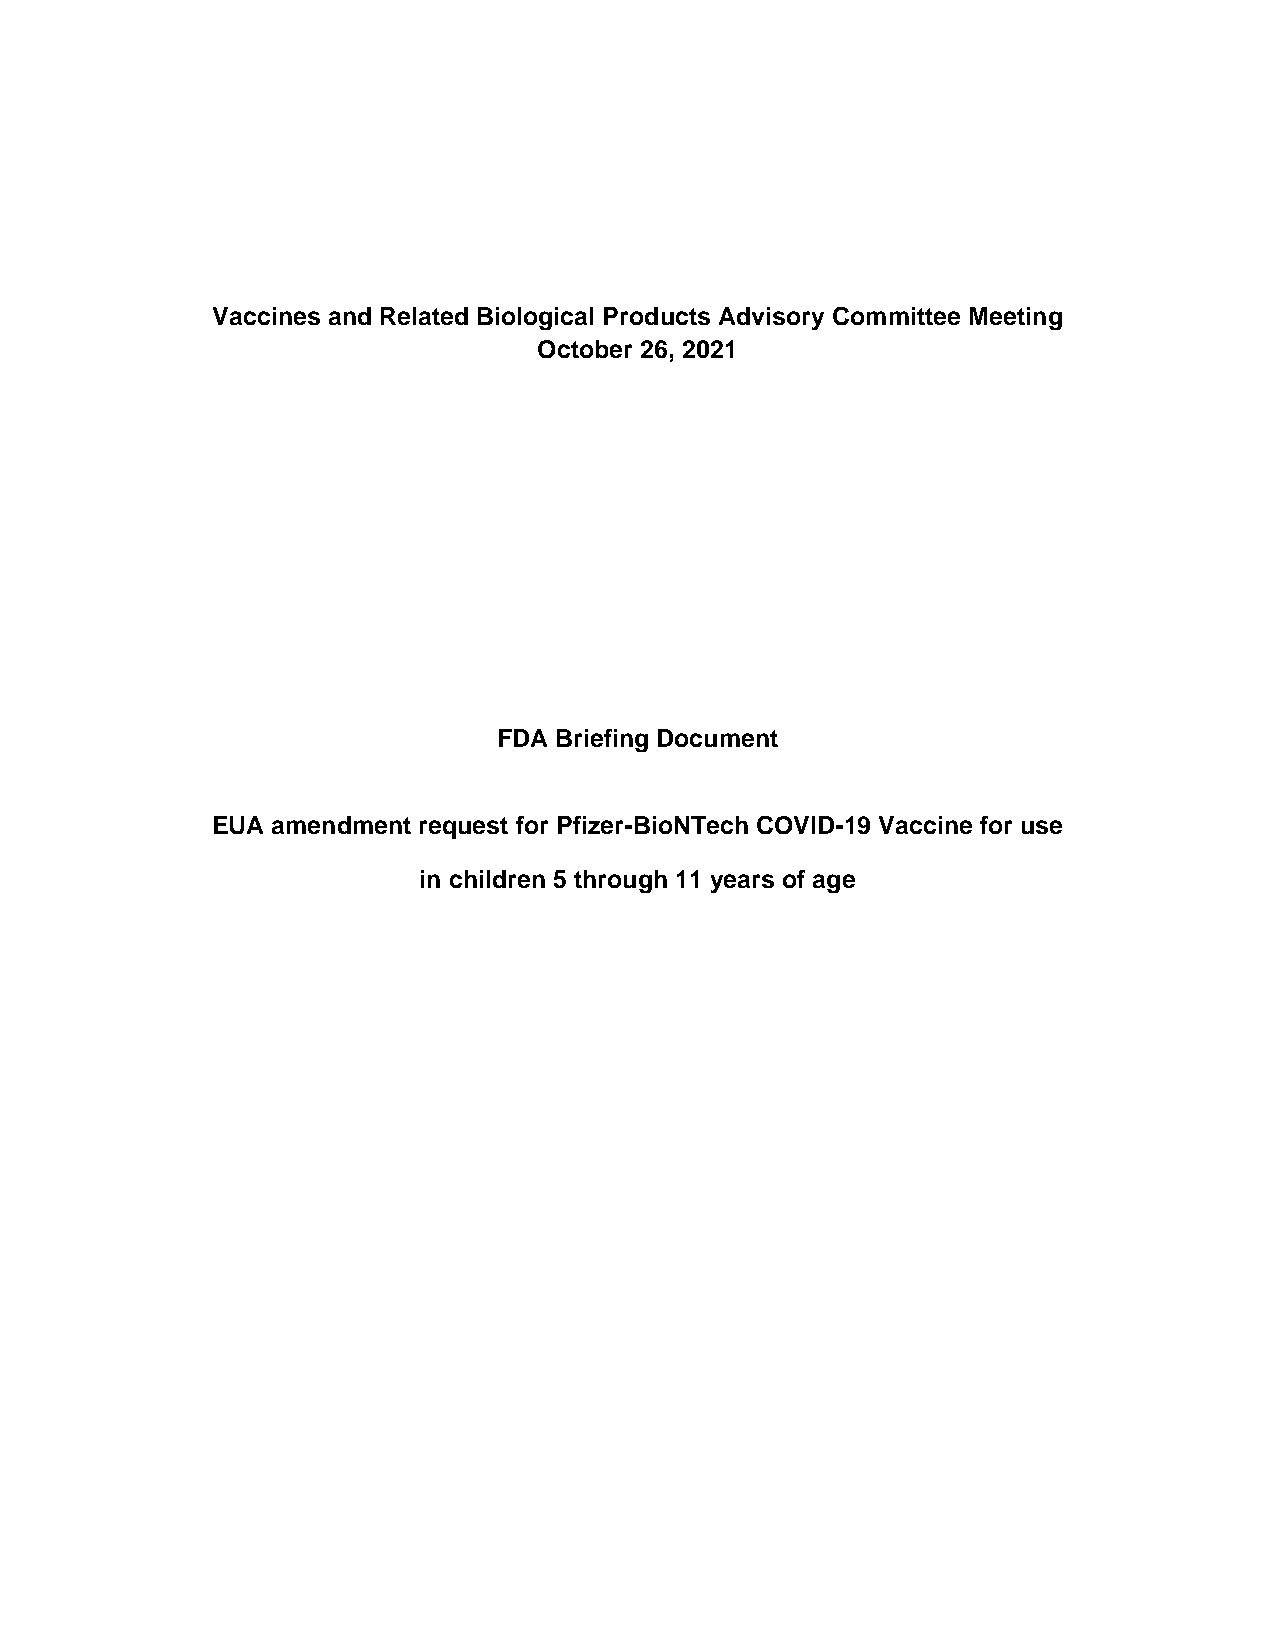
Vaccines and Related Biological Products Advisory Committee Meeting
 October 26, 2021
 FDA Briefing Document
 EUA amendment request for Pfizer-BioNTech COVID-19 Vaccine for use
 in children 5 through 11 years of age